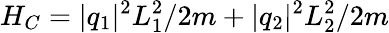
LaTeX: H_{C}=\vert q_{1}\vert^{2}L_{1}^{2}/2m+\vert q_{2}\vert^{2}L_{2}^{2}/2m